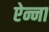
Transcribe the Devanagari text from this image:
ऐन्ना